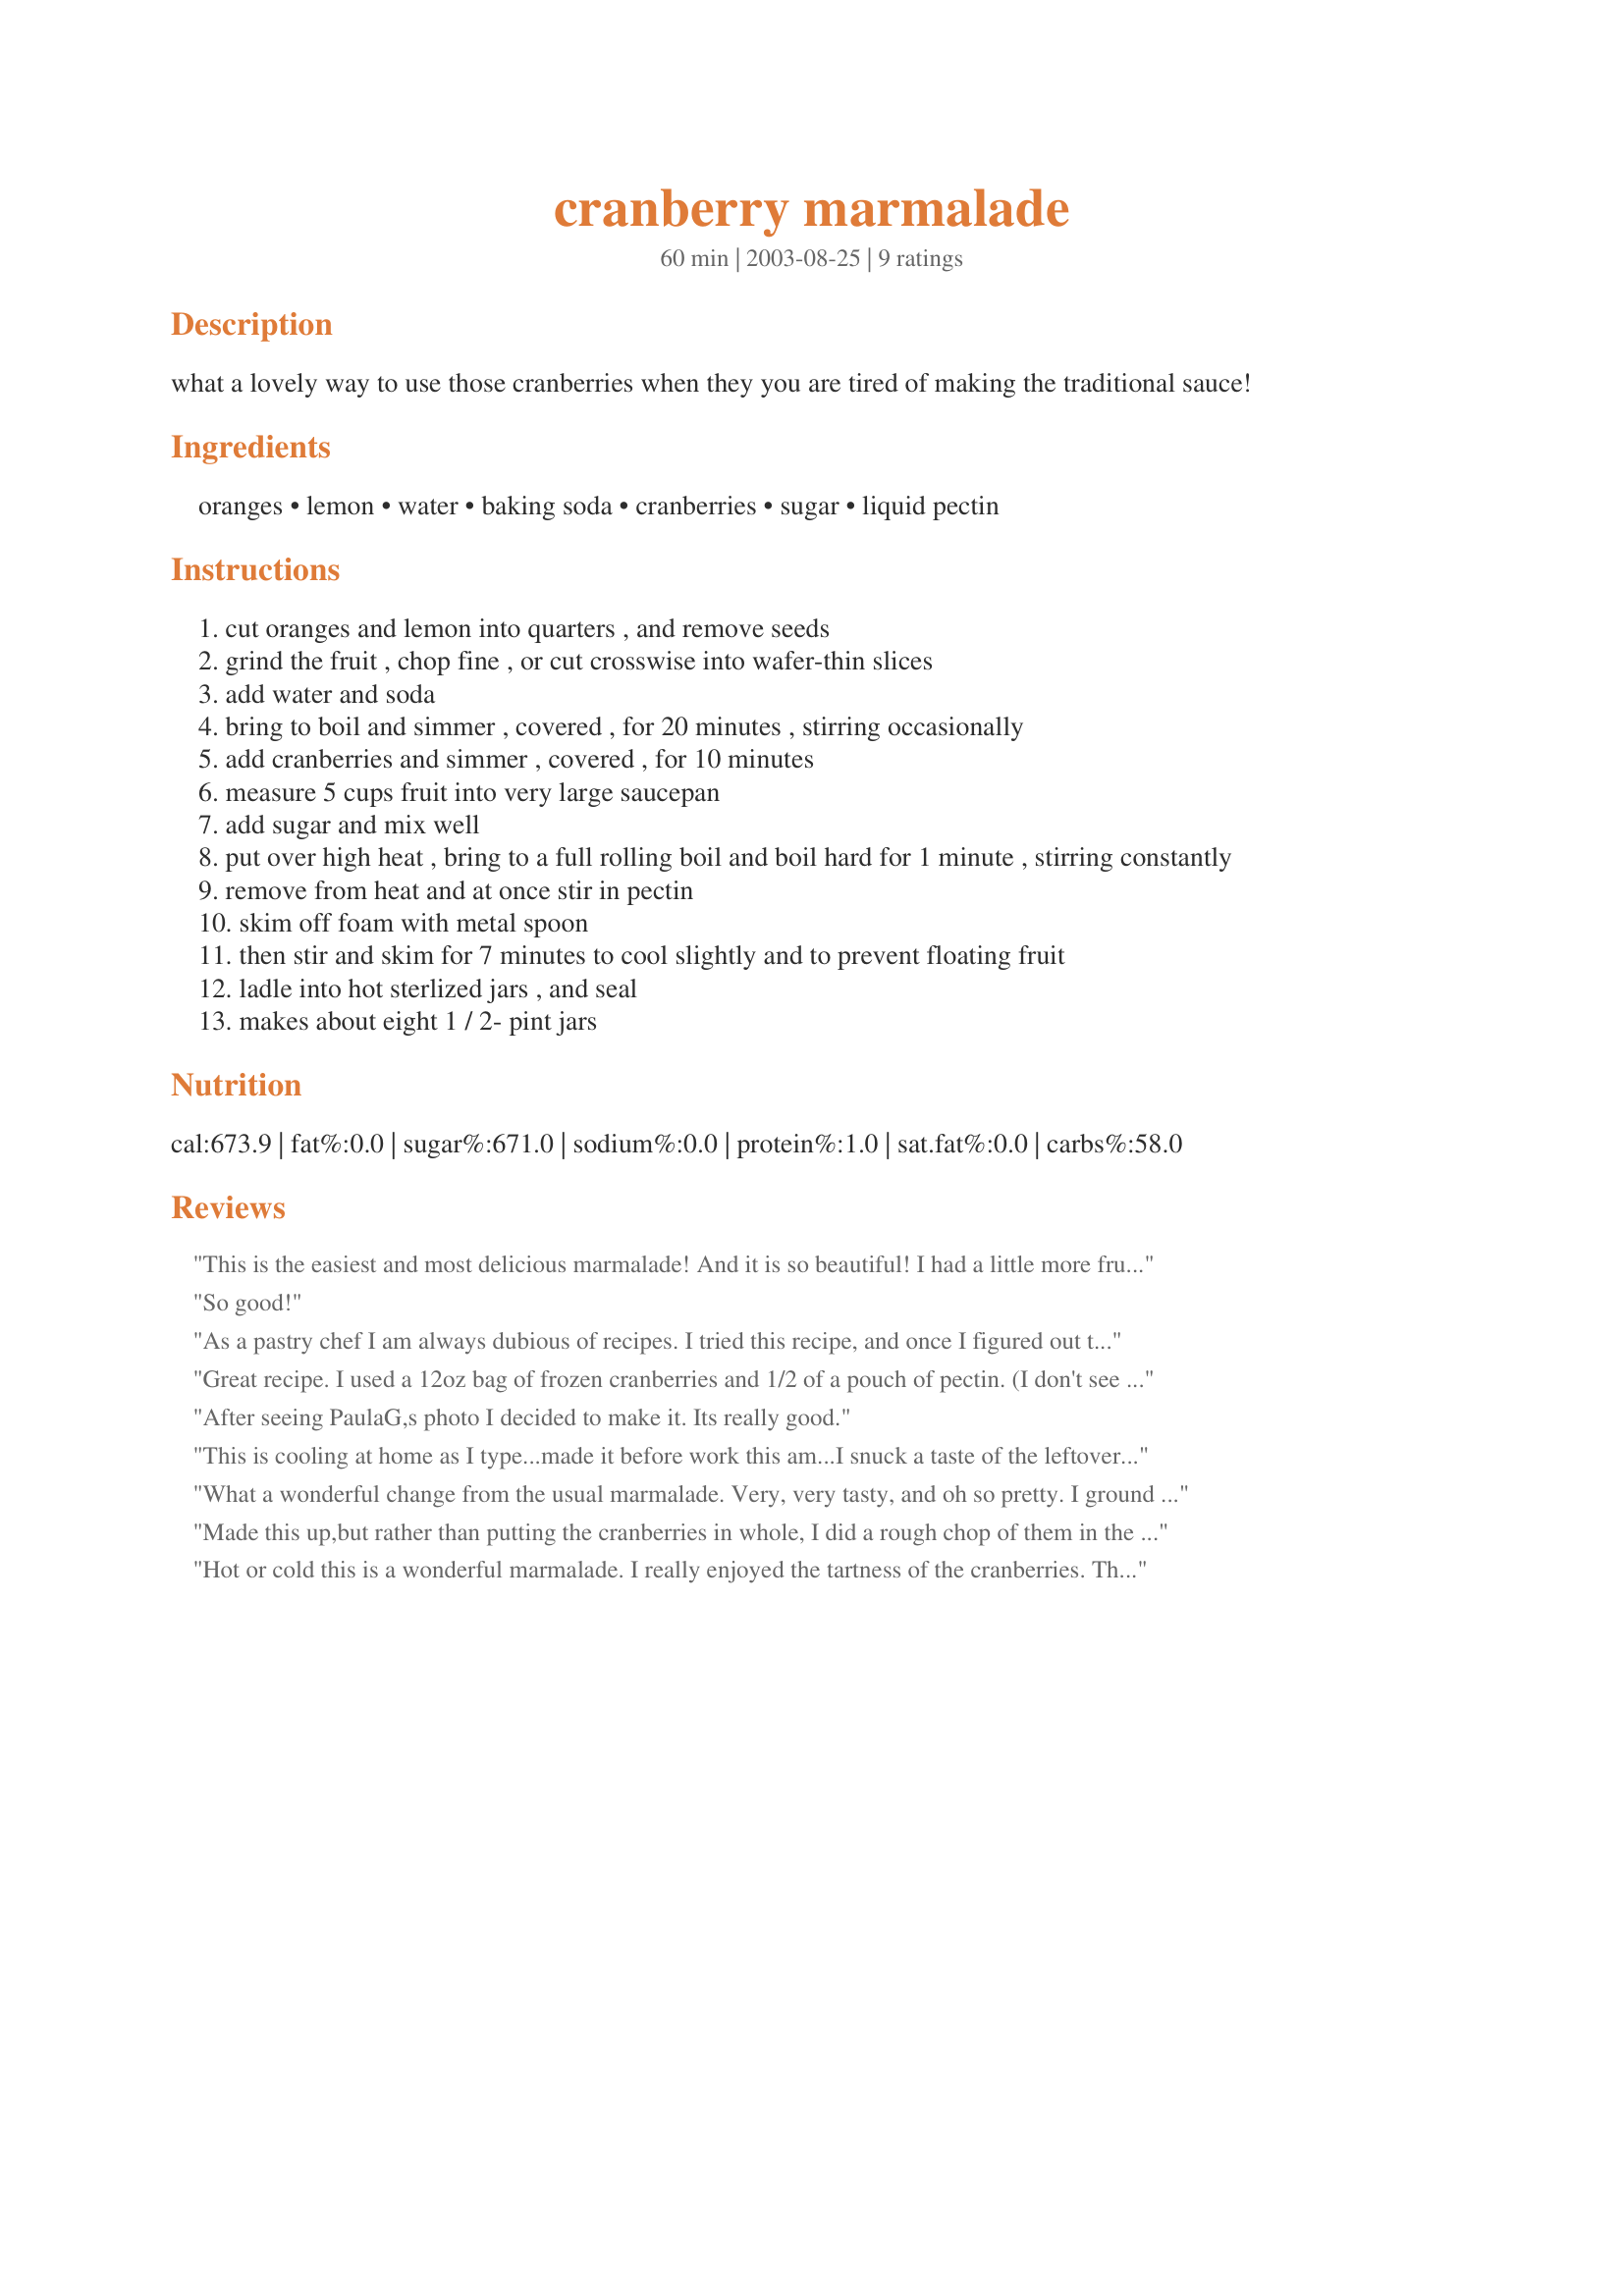
cranberry marmalade
Preparation time: 60 minutes

what a lovely way to use those cranberries when they you are tired of making the traditional sauce!

Ingredients:
oranges, lemon, water, baking soda, cranberries, sugar, liquid pectin

Steps:
cut oranges and lemon into quarters , and remove seeds
grind the fruit , chop fine , or cut crosswise into wafer-thin slices
add water and soda
bring to boil and simmer , covered , for 20 minutes , stirring occasionally
add cranberries and simmer , covered , for 10 minutes
measure 5 cups fruit into very large saucepan
add sugar and mix well
put over high heat , bring to a full rolling boil and boil hard for 1 minute , stirring constantly
remove from heat and at once stir in pectin
skim off foam with metal spoon
then stir and skim for 7 minutes to cool slightly and to prevent floating fruit
ladle into hot sterlized jars , and seal
makes about eight 1 / 2- pint jars

Reviews:
This is the easiest and most delicious marmalade! And it is so beautiful! I had a little more fruit than the five cups called for and could not bear to waste it, so I proceeded with the recipe, using 1/2 a pouch of fruit pectin. It is just perfect - just sweet enough with that tangy bite from the citrus peel at the end. I love this recipe! I got 9 1/2 pints and a little custard cup left over that got &quot;tasted&quot; right up, almost before it cooled.
So good!
As a pastry chef I am always dubious of recipes. I tried this recipe, and once I figured out the amount of pectin, I was blown away with the result. This is just fantastic and I highly recommend it. I made a double batch today to give away for Christmas.

Regarding the pectin: in Canada we don&#039;t have bottles of pectin, but have pouches of liquid pectin. The recipe requires 3 ounces of liquid pectin (or 1 pouch of Certo liquid pectin).

Thanks for a fantastic recipe!!!
Great recipe. I used a 12oz bag of frozen cranberries and 1/2 of a pouch of pectin. (I don't see bottles of pectin anymore here) This set up nicely and is so pretty, also tastes very yummy! Thanks for posting.
After seeing PaulaG,s photo I decided to make it. Its really good.
This is cooling at home as I type...made it before work this am...I snuck a taste of the leftovers jar before I left and it was wonderful...kind of tart/tangy/sweet....very complex and has a great mouthfeel! Thanks Sharon!
What a wonderful change from the usual marmalade. Very, very tasty, and oh so pretty. I ground the citrus in the food processor. I usually use a zester when making marmalade, but thought I'd try something different. I'm very pleased with how this turned out. I ended up with 9 half pints and a jelly jar. Thanks for posting such a lovely recipe.
Made this up,but rather than putting the cranberries in whole, I did a rough chop of them in the food processor. This made up easy, and delicious. Thank You for the lovely recipe.
Hot or cold this is a wonderful marmalade. I really enjoyed the tartness of the cranberries. The oranges and lemon were finely chopped and the cranberries had been frozen. When I measured the fruit I was shy the 5 cups and added additional water. I made this for Christmas gifts and instead of 1/2 pints; they were ladled into 1/2 cup jars. They were then processed in my pasta pan with insert 7 at a time.
